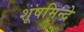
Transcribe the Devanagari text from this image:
शूषमिन्द्रे